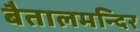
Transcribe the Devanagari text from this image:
बैतालमन्दिर